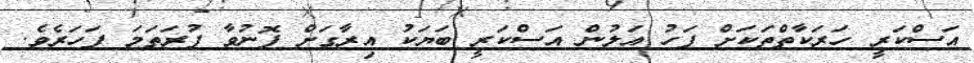
އަސްކަރީ ހަރަކާތްތަކަށް ފަހު އަލުން އަސްކަރީ ބަޔަކު އިރާގަށް ފޮނުވާ ފުރަތަމަ ފަހަރެވެ.